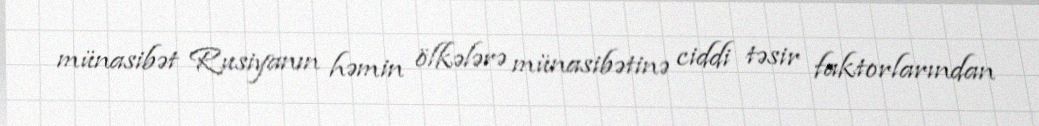
münasibət Rusiyanın həmin ölkələrə münasibətinə ciddi təsir faktorlarından